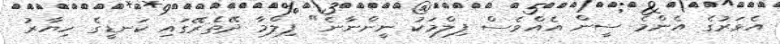
އެވަރުގެ އެންމެ ސީން އެއްވެސް ފިލްމަކު ނީންނާނެ" ފިލްމާ ދޭތެރޭގައި ކަނޑީގެ ހިޔާރު